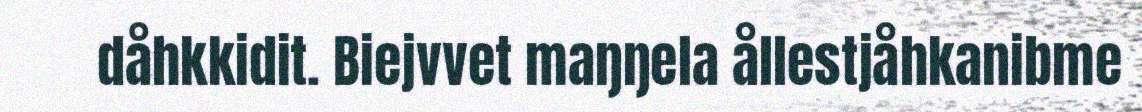
dåhkkidit. Biejvvet maŋŋela ållestjåhkanibme